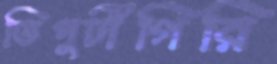
ডিপুটীগিরি